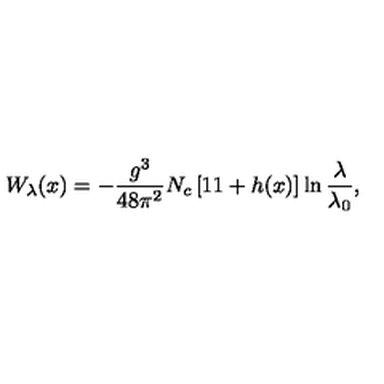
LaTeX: W _ { \lambda } ( x ) = - { \frac { g ^ { 3 } } { 4 8 \pi ^ { 2 } } } N _ { c } \left[ 1 1 + h ( x ) \right] \ln { \frac { \lambda } { \lambda _ { 0 } } } ,